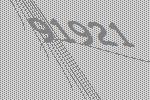
91921